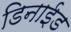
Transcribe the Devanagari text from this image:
डिनाईड